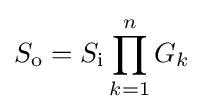
S_{\mathrm {o} }=S_{\mathrm {i} }\prod _{k=1}^{n}G_{k}